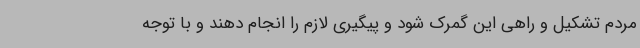
مردم تشکیل و راهی این گمرک شود و پیگیری لازم را انجام دهند و با توجه